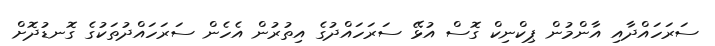
ސަރަހައްދާއި އާންމުން ޕިކްނިކް ގޮސް އުޅޭ ސަރަހައްދުގެ އިތުރުން އެހެން ސަރަހައްދުތަކުގެ ގޮނޑުދޮށް